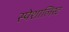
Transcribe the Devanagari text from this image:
स्पेशालिस्ट